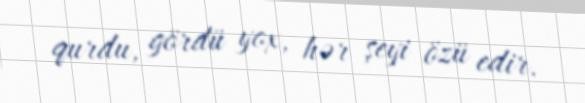
qurdu, gördü yox, hər şeyi özü edir.